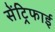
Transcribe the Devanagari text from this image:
सेंट्रिफाई